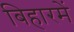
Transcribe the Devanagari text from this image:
बिहारमें